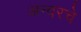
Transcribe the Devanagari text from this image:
अन्वरचे